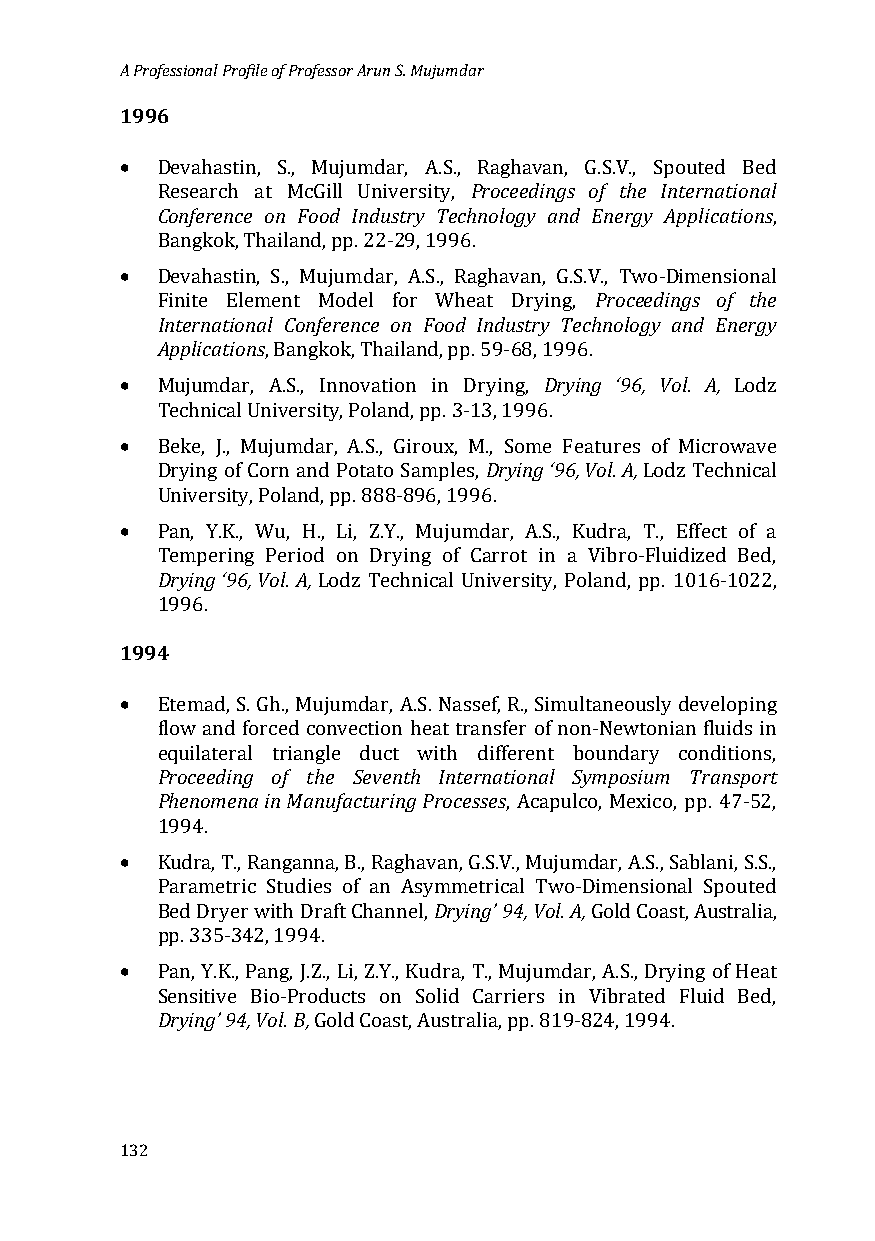
A Professional Profile of Professor Arun S. Mujumdar
 1996
 •
 Proceedings of the International
 DCoenvfaehraesntcien , onS ., FoMoudj uImndduasrt,r y AT.Se.,c hRnoalgohgayv aann, d GE.Sn.eVr.,g yS pAopuptliecda tiBonesd
 Research at McGill University,
 ,
 •
 Bangkok, Thailand, pp. 22-29, 1996.
 Proceedings of the
 IDnetvearnhaatsitoinna, lS .C, oMnfuejruemncdea ro, nA .FSo., oRd aIgnhdauvsatnry, GT.Sec.Vh.n, oTlowgoy- Dainmde nEsnieorngayl
 FAipnpiltiec atEiolenms ent Model for Wheat Drying,
 •                           Drying ‘96, Vol. A,
 , Bangkok, Thailand, pp. 59-68, 1996.
 Mujumdar, A.S., Innovation in Drying,  Lodz
 •
 Technical University, Poland, pp. 3-13, 1996.
 Drying ‘96, Vol. A,
 Beke, J., Mujumdar, A.S., Giroux, M., Some Features of Microwave
 Drying of Corn and Potato Samples, Lodz Technical
 •
 University, Poland, pp. 888-896, 1996.
 DParnyi,n gY .‘K9.6, , WVoul., AH, ., Li, Z.Y., Mujumdar, A.S., Kudra, T., Effect of a
 Tempering Period on Drying of Carrot in a Vibro-Fluidized Bed,
 Lodz Technical University, Poland, pp. 1016-1022,
 199419 96.
 •
 Etemad, S. Gh., Mujumdar, A.S. Nassef, R., Simultaneously developing
 fPlroowc eaenddin fgo rcoefd cthoenveScetvioennt hh eaItn ttrearnnsafteior noafl noSny-mNpeowsituomni anT rflaunisdpso irnt
 ePqhueniloamteernala intr Miaanngluef acdtuurcitn g wPirtohc esdseifsferent boundary conditions,
 , Acapulco, Mexico, pp. 47-52,
 •
 1994.
 Kudra, T., Ranganna, B., RaghavDarny, iGn.gS’. V9.4, ,M Vuojlu. Am, dar, A.S., Sablani, S.S.,
 Parametric Studies of an Asymmetrical Two-Dimensional Spouted
 Bed Dryer with Draft Channel, Gold Coast, Australia,
 •
 pp. 335-342, 1994.
 PDarnyi,n Yg.’K 9.,4 P, Vanolg. ,B J,. Z., Li, Z.Y., Kudra, T., Mujumdar, A.S., Drying of Heat
 Sensitive Bio-Products on Solid Carriers in Vibrated Fluid Bed,
 Gold Coast, Australia, pp. 819-824, 1994.
 132